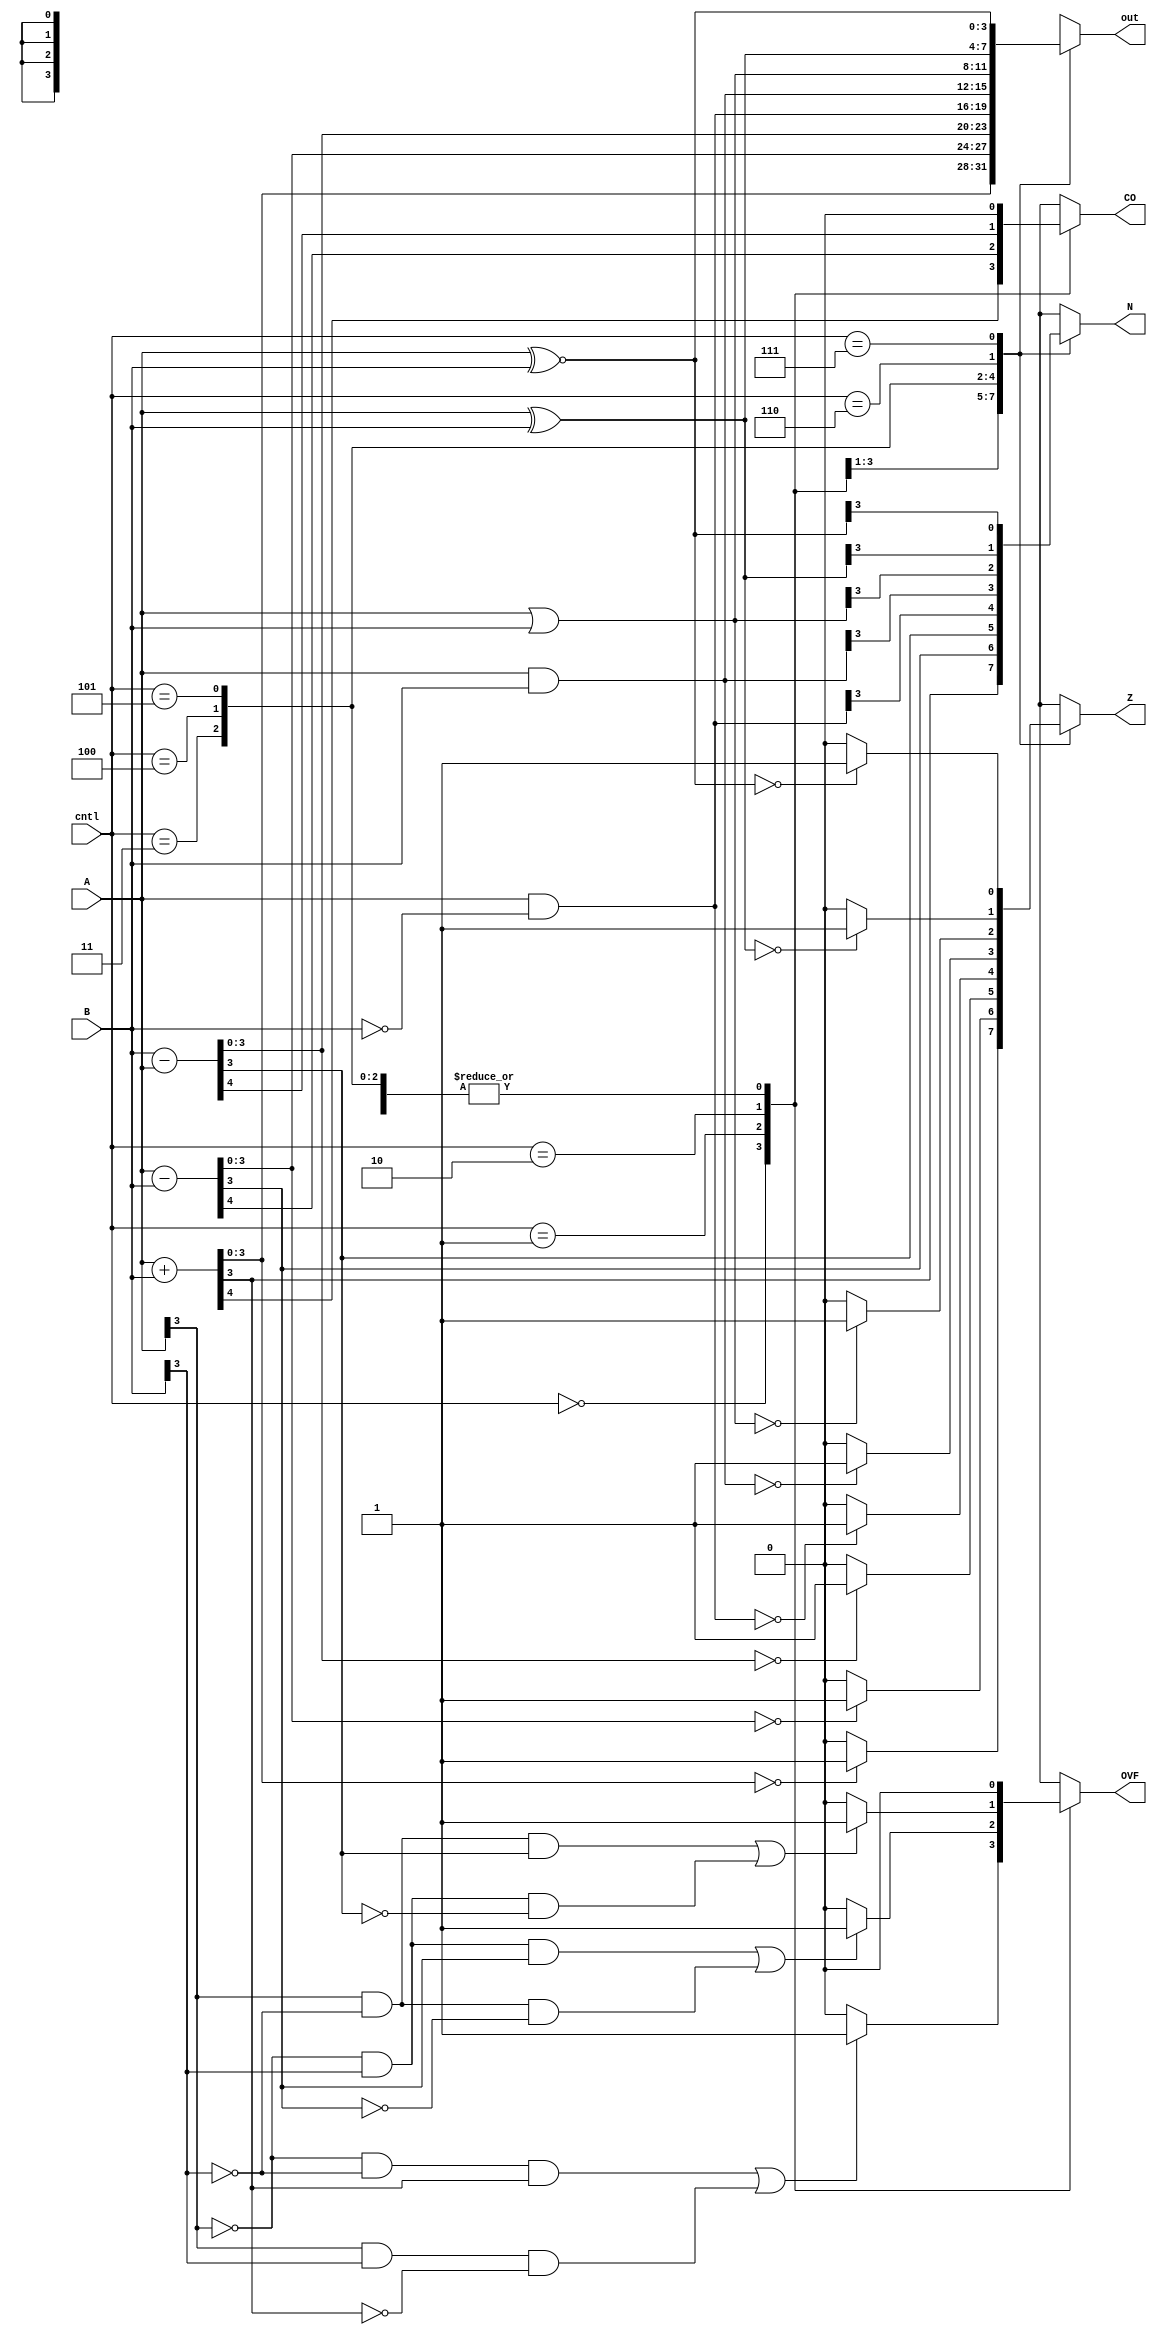
module alu #(parameter W=4) ( A, B, out, CO, OVF, N, Z, cntl);

	input [W-1:0] A, B;
	input [2:0] cntl;
	output reg [W-1:0] out;
	output reg CO, OVF, N, Z;
	
	
initial begin
	CO = 0;
	OVF = 0;
	N = 0;
	Z = 0;
end
	
always @(A, B, cntl) begin

	case(cntl)
	3'b000:	begin //add
		{CO,out} = A + B;
		N = out[W-1];
		if (out == 0)
			Z = 1;
		else 
			Z = 0;
		if ((A[W-1]==0&&B[W-1]==0&&out[W-1]==1)||(A[W-1]==1&&B[W-1]==1&&out[W-1]==0))
			OVF = 1;
		else
			OVF = 0;
	end
	3'b001:	begin //subtract A - B
		{CO,out} = A - B;
		N = out[W-1];
		if (out == 0)
			Z = 1;
		else 
			Z = 0;
		if ((A[W-1]==0&&B[W-1]==1&&out[W-1]==1)||(A[W-1]==1&&B[W-1]==0&&out[W-1]==0))
			OVF = 1;
		else
			OVF = 0;
	end
	3'b010: begin //subtract B - A
		{CO,out} = B - A;
		N = out[W-1];
		if (out == 0)
			Z = 1;
		else 
			Z = 0;
		if ((B[W-1]==0&&A[W-1]==1&&out[W-1]==1)||(B[W-1]==1&&A[W-1]==0&&out[W-1]==0))
			OVF = 1;
		else
			OVF = 0;
	end
	3'b011:	begin //Bit Clear
		out = A & ~B;
		N = out[W-1];
		if (out == 0)
			Z = 1;
		else 
			Z = 0;
		CO = 0;
		OVF = 0;
		
	end
	3'b100:	begin //And
		out = A & B;
		N = out[W-1];
		if (out == 0)
			Z = 1;
		else 
			Z = 0;
		CO = 0;
		OVF = 0;
			
	end
	3'b101:	begin	//Or
		out = A | B;
		N = out[W-1];
		if (out == 0)
			Z = 1;
		else 
			Z = 0;
		CO = 0;
		OVF = 0;
	end
	3'b110:	begin	//Xor
		out = A ^ B;
		N = out[W-1];
		if (out == 0)
			Z = 1;
		else 
			Z = 0;
		CO = 0;
		OVF = 0;
	end
	3'b111:	begin //Xnor
		out = A ~^ B;
		N = out[W-1];
		if (out == 0)
			Z = 1;
		else 
			Z = 0;
		CO = 0;
		OVF = 0;
	end
	default: begin //Default
		CO = 0;
		OVF = 0;
		N = 0;
		Z = 0;
	end
	endcase
	end
endmodule